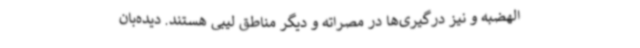
الهضبه و نیز درگیری‌ها در مصراته و دیگر مناطق لیبی هستند. دیده‌بان